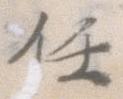
任